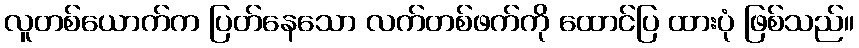
လူတစ်ယောက်က ပြတ်နေသော လက်တစ်ဖက်ကို ထောင်ပြ ထားပုံ ဖြစ်သည်။